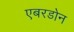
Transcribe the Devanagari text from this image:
एबरडोन